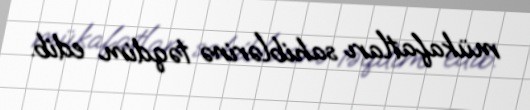
mükafatları sahiblərinə təqdim edib.